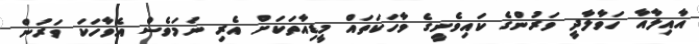
އާއިލާއާ ހަވާލާދީ ވަރުންގެ ކައިވެނީގެ ވާހަކަތައް މީޑިއާތަކަށް އެރި ނަމަވެސް އެވާހަކަ ވަރުން